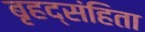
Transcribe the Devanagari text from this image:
बृहद्संहिता